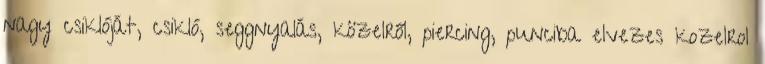
nagy csiklóját, csikló, seggnyalás, közelről, piercing, punciba elvezes kozelrol